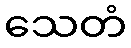
သေတံ